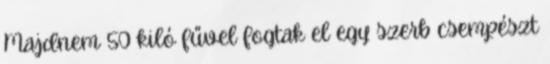
Majdnem 50 kiló fűvel fogtak el egy szerb csempészt